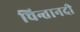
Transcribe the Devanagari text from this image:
चिन्तानदी